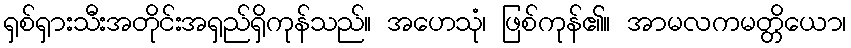
ရှစ်ရှားသီးအတိုင်းအရှည်ရှိကုန်သည်။ အဟေသုံ၊ ဖြစ်ကုန်၏။ အာမလကမတ္တိယော၊